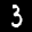
Label: 3